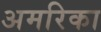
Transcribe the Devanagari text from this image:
अमरिका